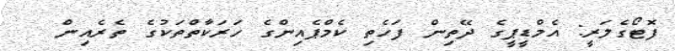
ފޮޓޯގެލަރީ: އެމްޑީޕީގެ ދޭތިން ފަހެތި ކެމްޕެއިންގެ ހަރަކާތްތަކުގެ ތެރެއިން